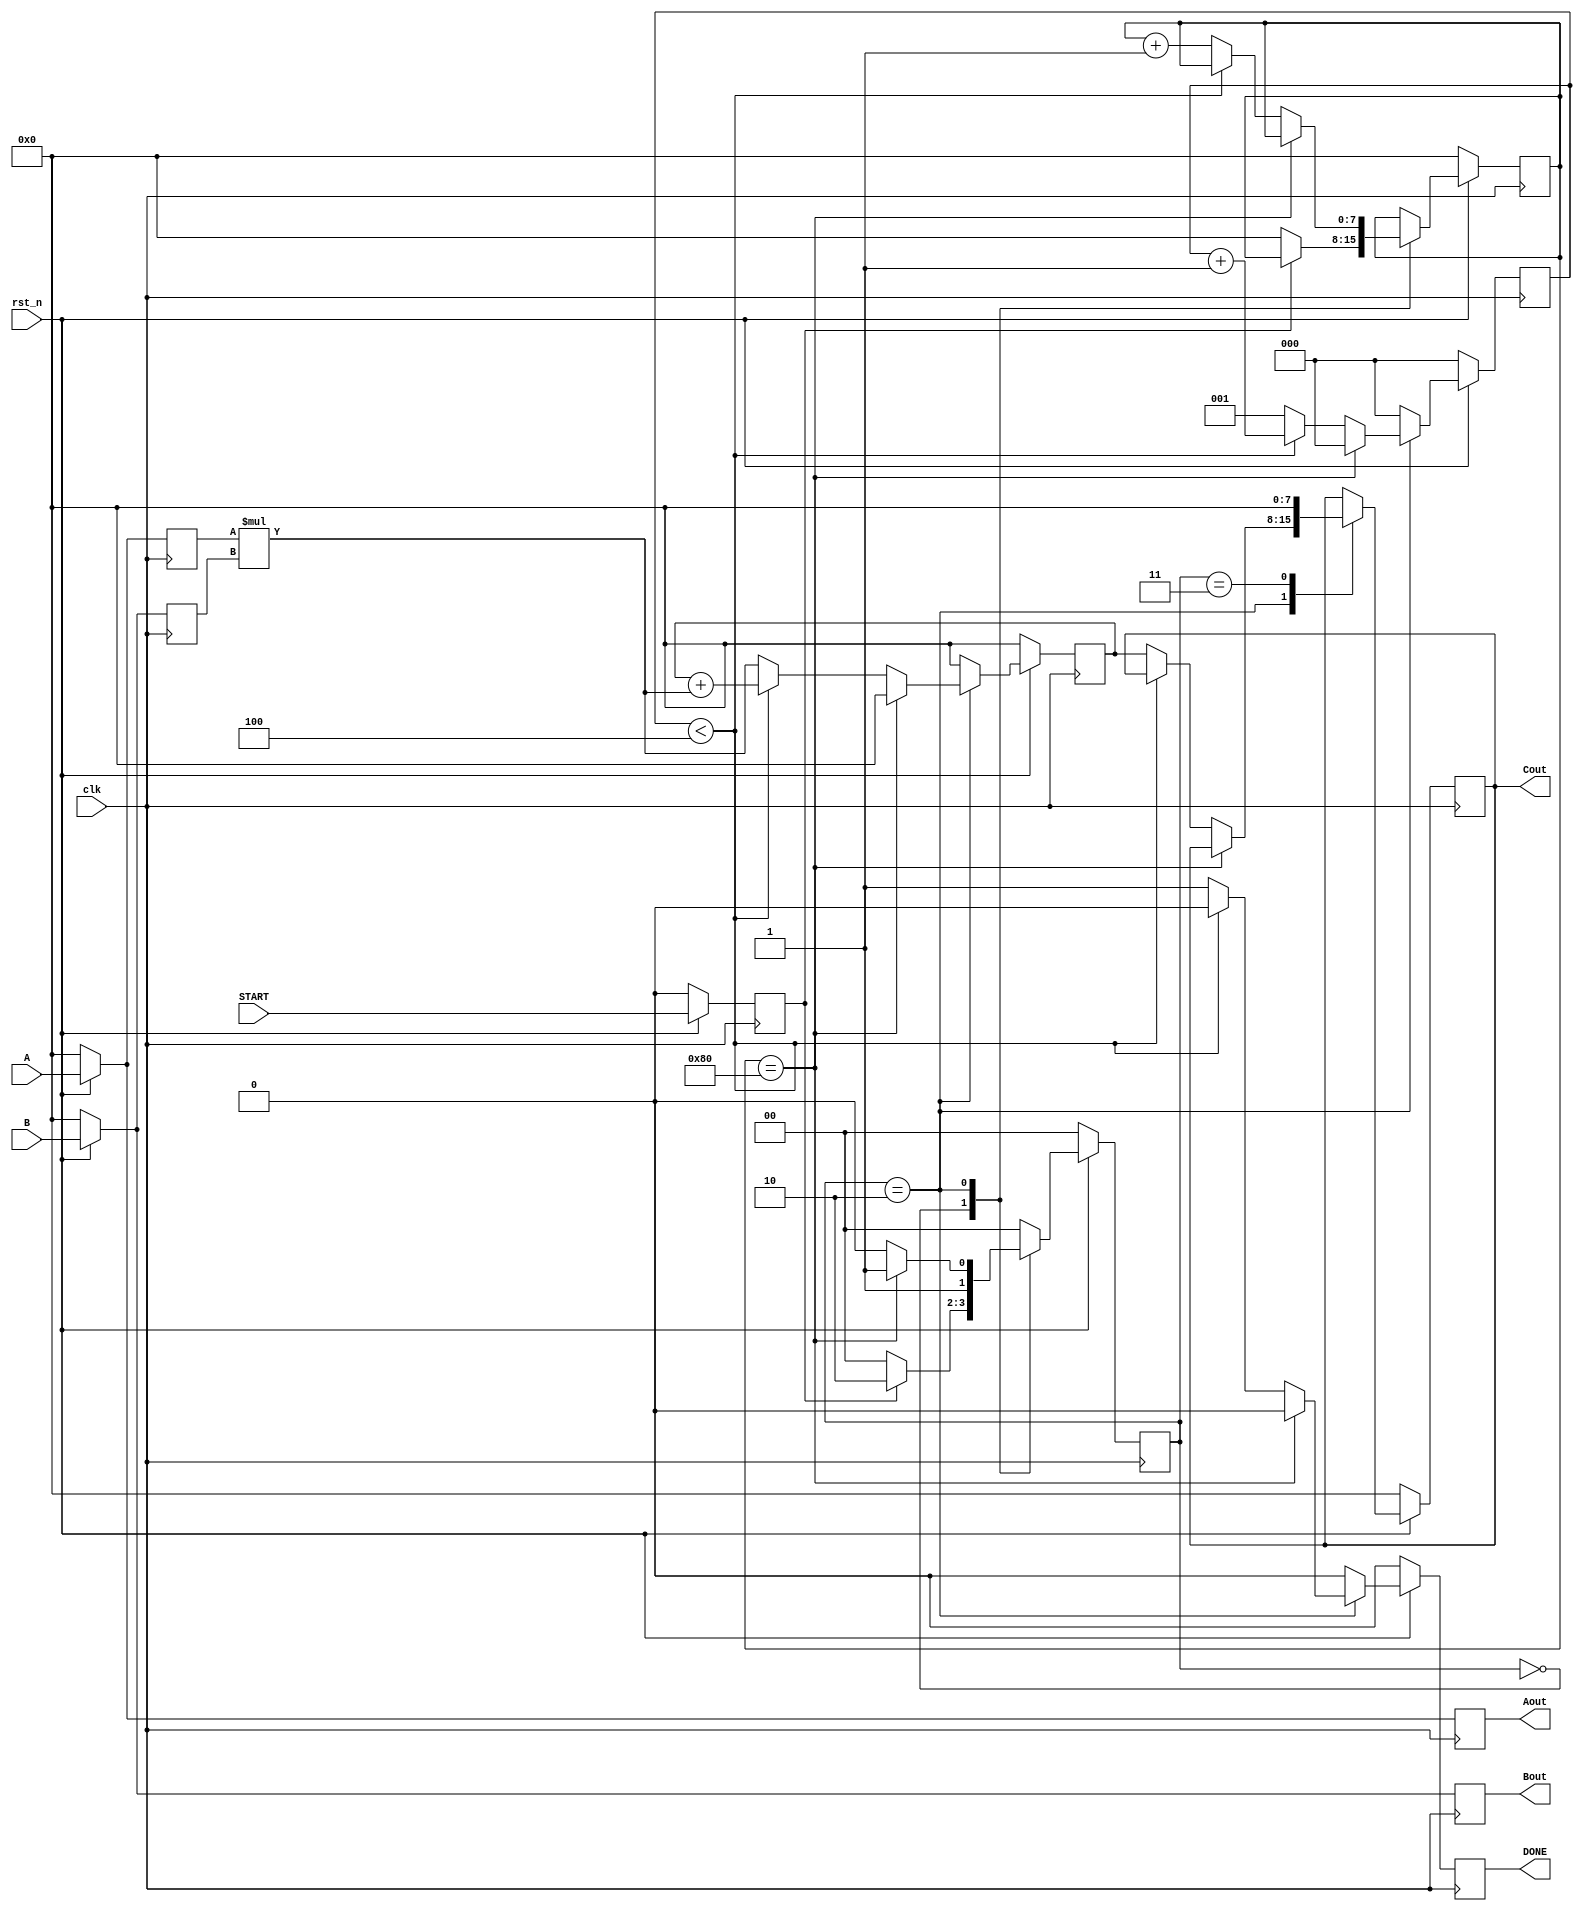
module PE (
	input wire clk,
	input wire rst_n,
    input wire START,
	input wire [7:0] A,
    input wire [7:0] B,
    output reg [7:0] Aout,
    output reg [7:0] Bout,
	output reg [7:0] Cout,
	output reg DONE
);
	
	parameter IDLE   = 2'b00;
	parameter READ   = 2'b01;
	parameter CALC   = 2'b10;
	parameter FINISH = 2'b11;


    reg start, next_DONE;
    reg [1:0] state, next_state;
    reg [2:0] count, next_count;
    reg [7:0] a, next_a;
    reg [7:0] b, next_b;
    reg [7:0] c, next_c;
    reg [7:0] next_Cout;
    reg [7:0] triggerCount, next_triggerCount;


	always @(posedge clk) begin

		if( !rst_n ) begin
            start = 1'd0;
            DONE  = 1'd0;
            state = IDLE;
            count = 3'd0;
			a     = 8'd0;
            b     = 8'd0;
            c     = 8'd0;
            Cout  = 8'd0;
            Aout  = 8'd0;
            Bout  = 8'd0;
            triggerCount = 8'd0;
		end else begin
			start = START;
            DONE  = next_DONE;
            state = next_state;
            count = next_count;
            // a     = next_a;
            // b     = next_b;
            a     = A;
            b     = B;
            c     = next_c;
            Cout  = next_Cout;
            Aout  = A;
            Bout  = B;
            triggerCount = next_triggerCount;
		end
	end



	always @(*) begin
        next_DONE  = 1'd0;
        next_state = IDLE;
        next_count = 3'd0;
        next_Cout  = Cout;
        next_c     = 8'd0;
        next_triggerCount = triggerCount;

		case (state)

			IDLE: begin
                if(start) begin
                    next_state = CALC;
                    next_triggerCount = triggerCount;
                end else begin
                    next_state = IDLE;
                    next_triggerCount = 8'd0;
                end
            end

            CALC: begin
                if(triggerCount == 8'd128 ) begin
                    next_state = FINISH;
                    next_triggerCount = triggerCount;
                end else if(count < 4) begin
                    next_DONE = 1'd0;
                    next_c    = c + a * b;
                    next_state = CALC;
                    next_count = count + 1;
                    next_triggerCount = triggerCount;
                end else begin
                    next_DONE = 1'd1;
                    next_Cout = c;
                    next_c    = a * b;
                    next_count = 3'd1;
                    next_state = CALC;
                    next_triggerCount = triggerCount + 1;
                end
            end

            FINISH: begin
                next_DONE = 1'd0;
                next_Cout = 8'd0;
                next_c    = 8'd0;
                next_count = 3'd0;
                next_state = IDLE;
                next_triggerCount = triggerCount;
            end
		endcase
	end

endmodule